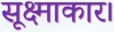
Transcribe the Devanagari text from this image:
सूक्ष्माकार।